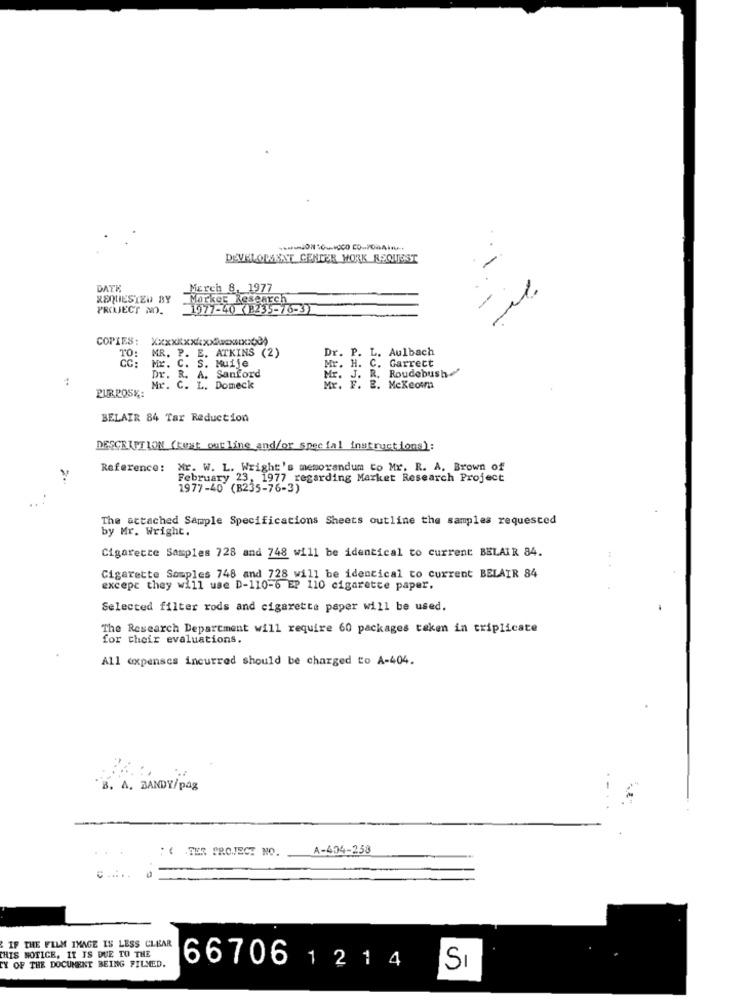
002070-
DEVELOWENT CENTER HORK RSQUEST
DATE
March 8, 1977
REQUESTED BY
Market Research
1977-40 (B235-76-3)
COPIES:
Xxxxxxxxxxxxxxxx3)
MR. P. E. ATKINS (2)
Dr. P. L. Aulbach
TO:
Mr. C. S. Muije
CC:
Mr. H. C. Garrett
Mr. J. R. Roudebush
:
. R. A. Sanford
Mr. C. L. Domeck
PURPOSE:
BELAIR 84 Tar Reduction
DESCRIPTION (kust outline and/or special instructions):
Reference:
Mr. W. L. Wright's memorandum to Mr. R. A. Brown of
February 23, 1977 regarding Market Research Project
1977-40 (B235-76-3)
The attached Sample Specifications Sheets outline the samples requested
by Mr. Wright.
Cigarette Samples 728 and 748 will be identical to current BELAIR 84.
Cigarette Samples 748 and 728 will be identical to current BELAIR 84
except they will use D-110-6 EP 110 cigarette paper.
Selected filter rods and cigarette paper will be used.
The Research Department will require 60 packages taken in triplicate
for their evaluations.
All expenses incurred should be charged to A-404.
"B. A. BANDY/pag
: 4 TER PROJECT NO.
A-404-258
IF THE FILM IMAGE IS LESS CLEAR
THIS NOTICE, IT IS DUE TO THE
CY OF THE DOCUMENT BEING FILMED.
66706 1 2 1 4
SI